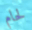
لحام